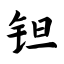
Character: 钽